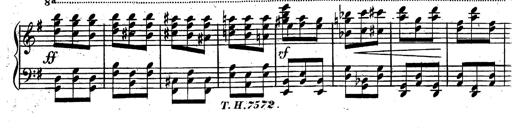
Title: Rondeau fantastique sur un thÃ¨me espagnol
Composer: Franz Liszt